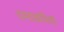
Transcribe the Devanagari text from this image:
दम्याकरिता